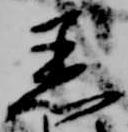
着